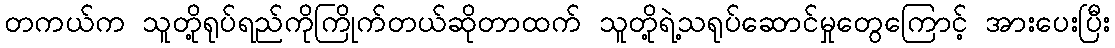
တကယ်က သူတို့ရုပ်ရည်ကိုကြိုက်တယ်ဆိုတာထက် သူတို့ရဲ့သရုပ်ဆောင်မှုတွေကြောင့် အားပေးပြီး